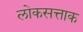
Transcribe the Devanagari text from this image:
लोकसत्ताक